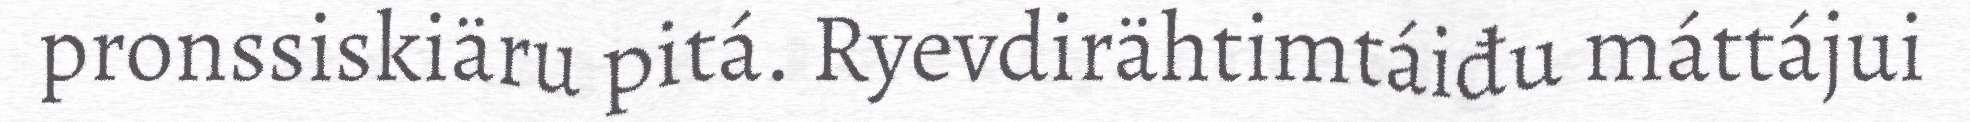
pronssiskiäru pitá. Ryevdirähtimtáiđu máttájui